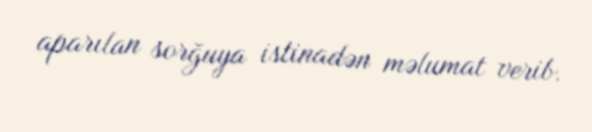
aparılan sorğuya istinadən məlumat verib.